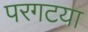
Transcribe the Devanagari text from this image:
परगटया